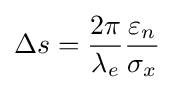
\Delta s={\frac {2\pi }{\lambda _{e}}}{\frac {\varepsilon _{n}}{\sigma _{x}}}